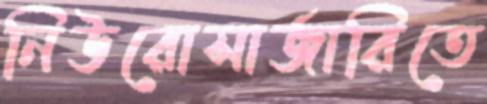
নিউরোসার্জারিতে